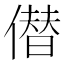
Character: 僣